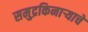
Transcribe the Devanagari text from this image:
समुद्रकिनाऱ्याचे